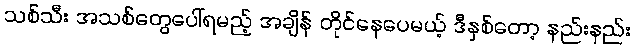
သစ်သီး အသစ်တွေပေါ်ရမည့် အချိန် တိုင်နေပေမယ့် ဒီနှစ်တော့ နည်းနည်း